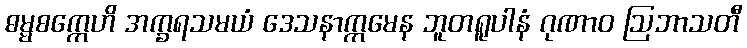
ဓမ္မစက္ကေဟိ အက္ခရသမယံ ဒေသနာက္ကမေန ဘူတရူပါနံ ဂုဏာဝ ဩဘာသတီ